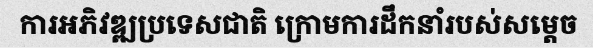
ការអភិវឌ្ឍប្រទេសជាតិ ក្រោមការដឹកនាំរបស់សម្តេច